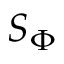
S _ { \Phi }